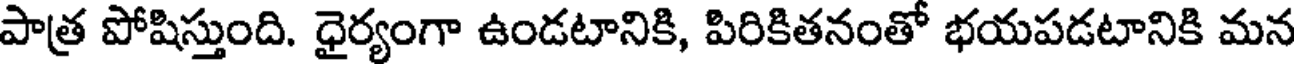
పాత్ర పోషిస్తుంది. ధైర్యంగా ఉండటానికి, పిరికితనంతో భయపడటానికి మన